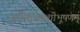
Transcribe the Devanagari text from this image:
अभिराजयशोभूषणम्